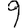
Digit: 9